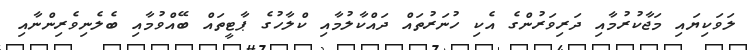
ލަވަކިޔައި މަޖާކުރުމާއި ދަރިވަރުންގެ އެކި ހުނަރުތައް ދައްކާލުމާއި ކްލާހުގެ ޕާޓީތައް ބޭއްވުމާއި ބެލެނިވެރިންނާއި